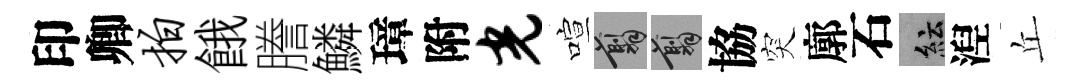
印卿拍餓謄鱗璋附光喧翦翦協突廓石紜湼丘